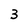
Character: 3